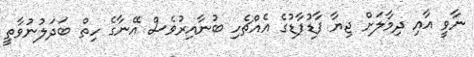
ނާވީ އާއި ދިމާލަށް ޖިޔާ ފާޑުފާޑުގެ އެއްޗެހި ބުނާއިރުވެސް އޭނާގެ ހިތް ބަދަލުނުވާތީ